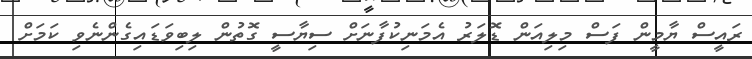
ރައީސް ޔާމީން ފަސް މިލިއަން ޑޮލަރު އެމަނިކުފާނަށް ސިޔާސީ ގޮތުން ލިބިވަޑައިގެންނެވި ކަމަށް